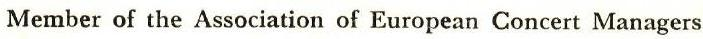
Member of the Association of European Concert Managers